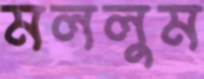
মললুম